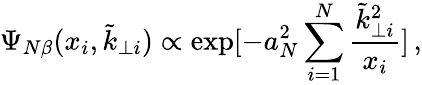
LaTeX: \Psi_{N\beta}(x_{i},\tilde{k}_{\perp i})\propto\exp[-a_{N}^{2}\sum_{i=1}^{N}\frac{\tilde{k}_{\perp i}^{2}}{x_{i}}]\, ,